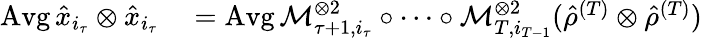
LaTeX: \begin{array}{rl}{\operatorname{Avg}\hat{x}_{i_{\tau}}\otimes\hat{x}_{i_{\tau}}}&{{}\stackrel{}{=}\operatorname{Avg}\mathcal{M}_{\tau+1,i_{\tau}}^{\otimes 2}\circ\dotsb\circ\mathcal{M}_{T,i_{T-1}}^{\otimes 2}({\hat{\rho}}^{(T)}\otimes{\hat{\rho}}^{(T)})}\end{array}